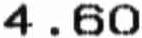
4.60